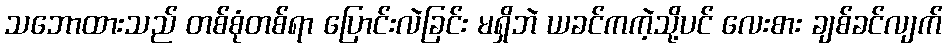
သဘောထားသည် တစ်စုံတစ်ရာ ပြောင်းလဲခြင်း မရှိဘဲ ယခင်ကကဲ့သို့ပင် လေးစား ချစ်ခင်လျက်